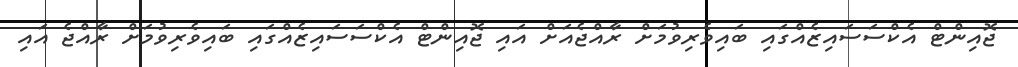
ޖޮއިންޓް އެކްސަސައިޒެއްގައި ބައިވެރިވުމަށް ރާއްޖެއަށް އައި ޖޮއިންޓް އެކްސަސައިޒެއްގައި ބައިވެރިވުމަށް ރާއްޖެ އައި